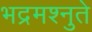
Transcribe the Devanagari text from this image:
भद्रमश्नुते